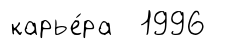
карье́ра 1996